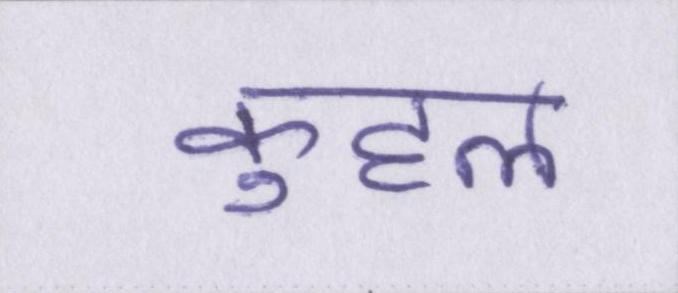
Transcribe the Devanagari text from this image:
कुहल